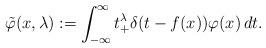
LaTeX: \begin{align*}\tilde\varphi(x,\lambda) := \int_{-\infty}^\infty t_+^\lambda\delta(t - f(x))\varphi(x)\,dt.\end{align*}